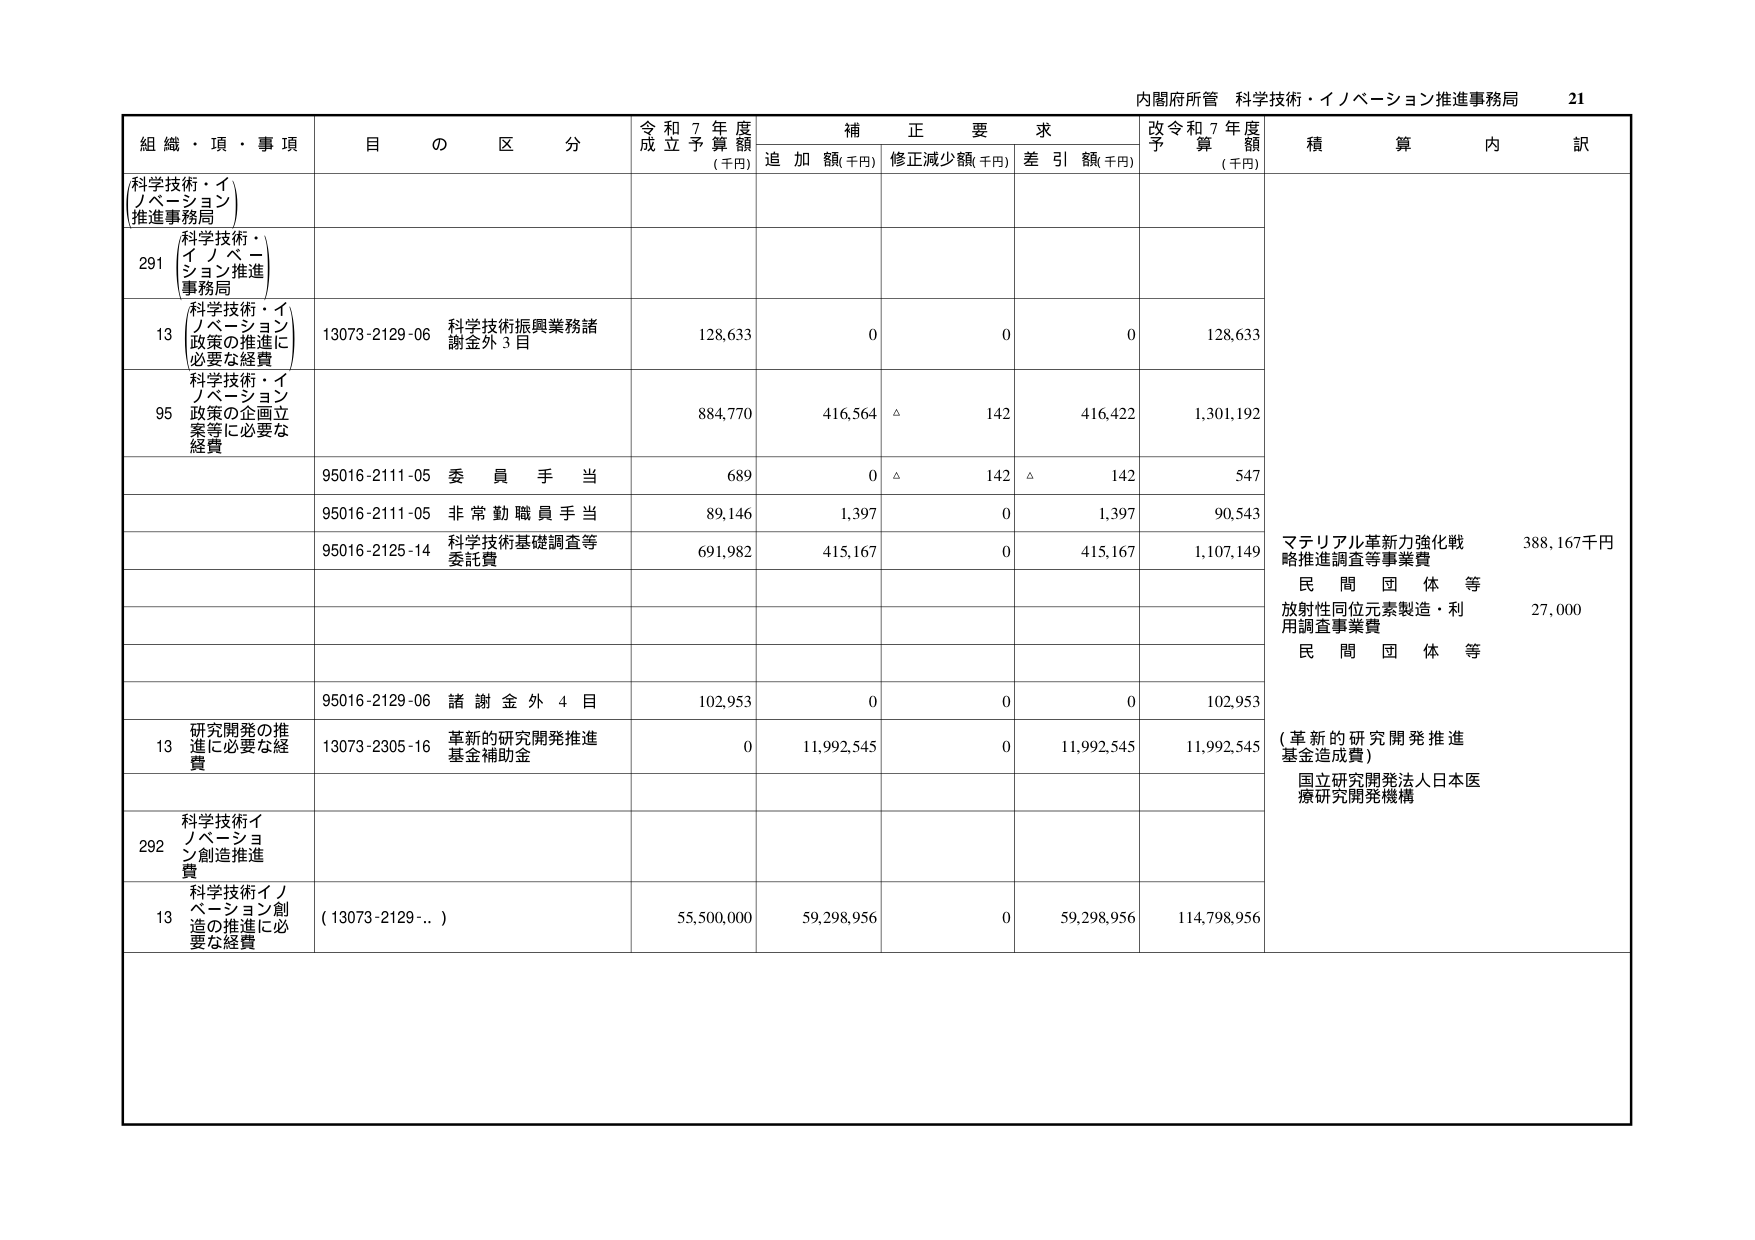
内閣府所管 科学技術・イノベーション推進事務局 21

組織・頂・事項 目の区分 令和7年度成立予算額(千円) 補正要求 追加額(千円) 修正減少額(千円) 差引額(千円) 改令和7年度予算額(千円) 積算内訳

科学技術・イノベーション推進事務局

291 科学技術・イノベーション推進事務局

13 科学技術・イノベーション政策の推進に必要な経費 13073-2129-06 科学技術振興業務諸謝金外3目 128,633 0 0 0 128,633

95 科学技術・イノベーション政策の企画立案等に必要な経費 884,770 416,564 △ 142 416,422 1,301,192

95016-2111-05 委員手当 689 0 △ 142 △ 142 547

95016-2111-05 非常勤職員手当 89,146 1,397 0 1,397 90,543

95016-2125-14 科学技術基礎調査等委託費 691,982 415,167 0 415,167 1,107,149

マテリアル革新力強化戦略推進調査等事業費 388,167千円

民間団体等

放射性同位元素製造・利用調査事業費 27,000

民間団体等

95016-2129-06 諸謝金外4目 102,953 0 0 0 102,953

13 研究開発の推進に必要な経費 13073-2305-16 革新的研究開発推進基金補助金 0 11,992,545 0 11,992,545 11,992,545

（革新的研究開発推進基金造成費）

国立研究開発法人日本医療研究開発機構

292 科学技術イノベーション創造推進費

13 科学技術イノベーション創造の推進に必要な経費 (13073-2129-...) 55,500,000 59,298,956 0 59,298,956 114,798,956